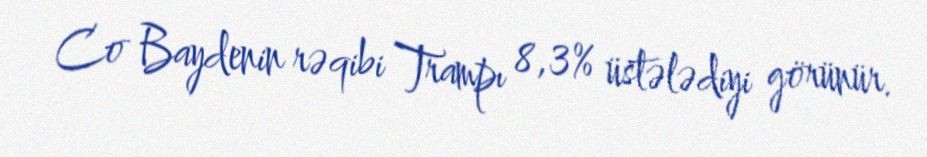
Co Baydenin rəqibi Trampı 8,3% üstələdiyi görünür.